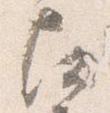
尋